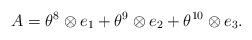
LaTeX: \begin{align*} A^{}_{}=\theta^{8}\otimes e_{1}+\theta^{9}\otimes e_{2}+\theta^{10}\otimes e_{3}.\end{align*}